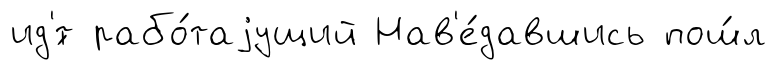
ид'́т рабо́таjущий Нав'е́давшись пош́л